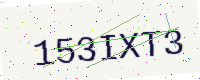
Text: 153IXT3